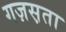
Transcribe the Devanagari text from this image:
गज़स़ता